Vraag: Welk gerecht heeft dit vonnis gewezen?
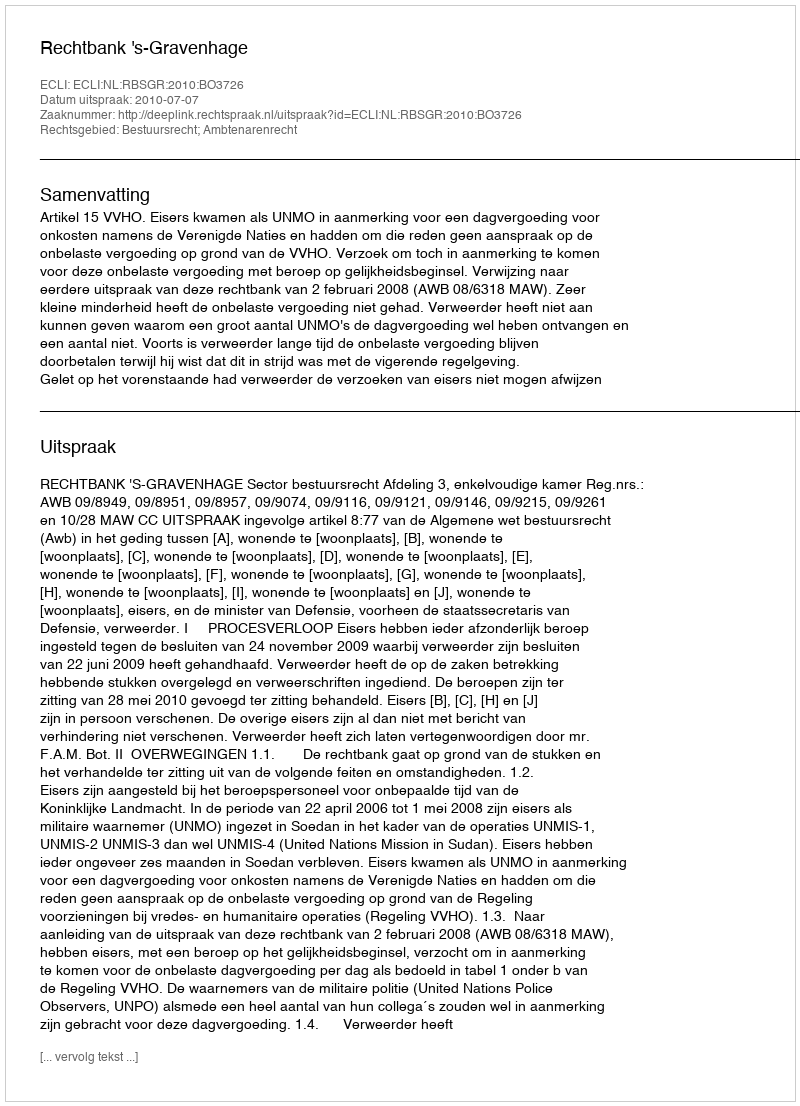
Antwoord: Rechtbank 's-Gravenhage